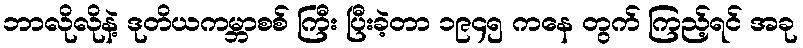
ဘာလိုလိုနဲ့ ဒုတိယကမ္ဘာစစ် ကြီး ပြီးခဲ့တာ ၁၉၄၅ ကနေ တွက် ကြည့်ရင် အခု